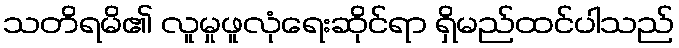
သတိရမိ၏ လူမှုဖူလုံရေးဆိုင်ရာ ရှိမည်ထင်ပါသည်